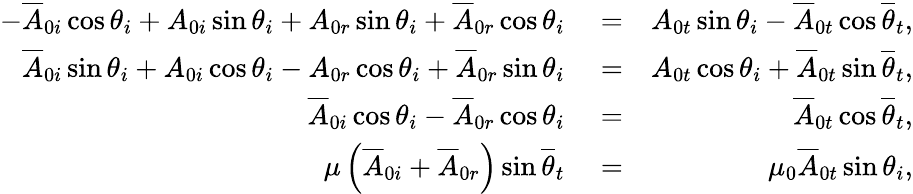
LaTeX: \begin{array}{rlr}{-\overline{{A}}_{0i}\cos\theta_{i}+A_{0i}\sin\theta_{i}+A_{0r}\sin\theta_{i}+\overline{{A}}_{0r}\cos\theta_{i}}&{{}=}&{A_{0t}\sin\theta_{i}-\overline{{A}}_{0t}\cos\overline{{\theta}}_{t},}\\ {\overline{{A}}_{0i}\sin\theta_{i}+A_{0i}\cos\theta_{i}-A_{0r}\cos\theta_{i}+\overline{{A}}_{0r}\sin\theta_{i}}&{{}=}&{A_{0t}\cos\theta_{i}+\overline{{A}}_{0t}\sin\overline{{\theta}}_{t},}\\ {\overline{{A}}_{0i}\cos\theta_{i}-\overline{{A}}_{0r}\cos\theta_{i}}&{{}=}&{\overline{{A}}_{0t}\cos\overline{{\theta}}_{t},}\\ {\mu\left(\overline{{A}}_{0i}+\overline{{A}}_{0r}\right)\sin\overline{{\theta}}_{t}}&{{}=}&{\mu_{0}\overline{{A}}_{0t}\sin\theta_{i},}\end{array}